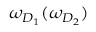
\omega _ { D _ { 1 } } ( \omega _ { D _ { 2 } } )